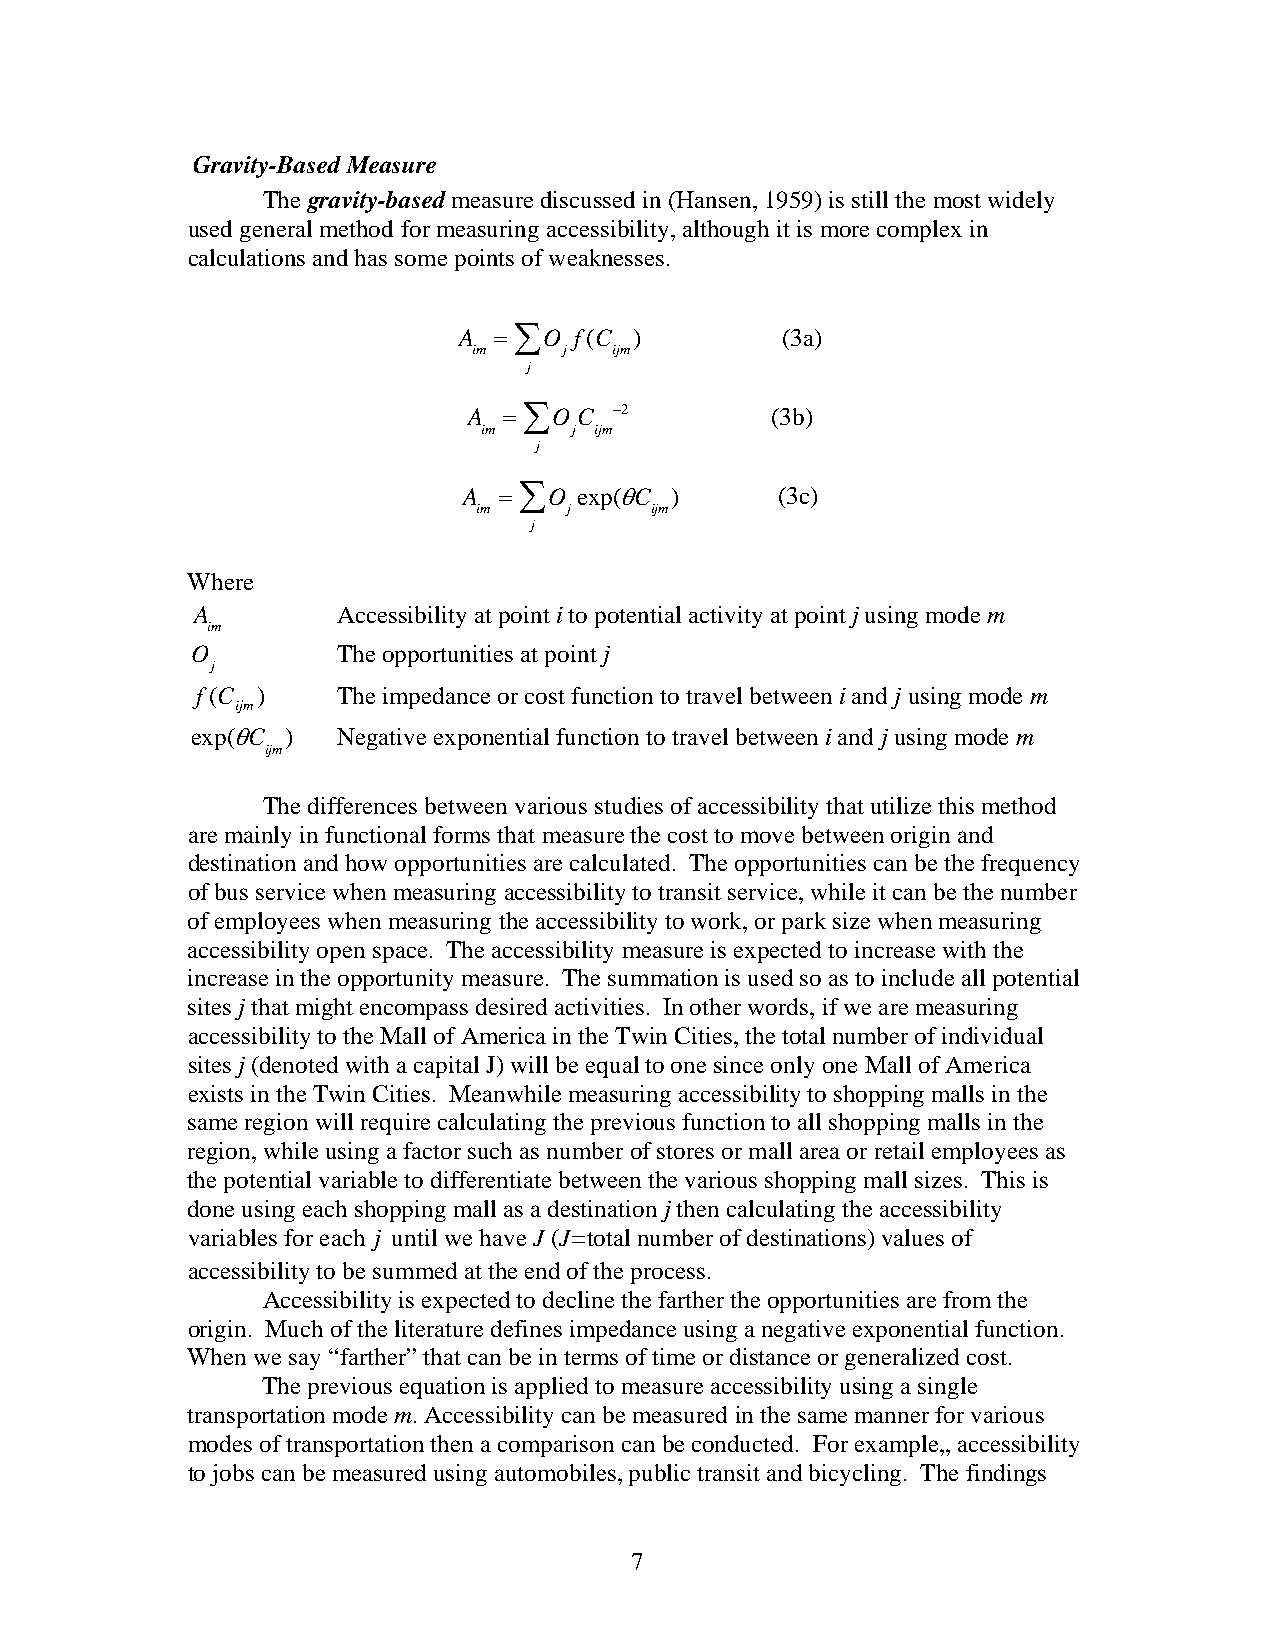
Gravity-Based Measure
 The gravity-based measure discussed in (Hansen, 1959) is still the most widely
 used general method for measuring accessibility, although it is more complex in
 calculations and has some points of weaknesses.
 A  = ∑O f(C )         (3a)
 im    j   ijm
 j
 A = ∑O C  −2        (3b)
 im    j ijm
 j
 A = ∑O exp(θC )     (3c)
 im    j    ijm
 j
 Where
 A        Accessibility at point i to potential activity at point j using mode m
 im
 O        The opportunities at point j
 j
 f(C )    The impedance or cost function to travel between i and j using mode m
 ijm
 exp(θC ) Negative exponential function to travel between i and j using mode m
 ijm
 The differences between various studies of accessibility that utilize this method
 are mainly in functional forms that measure the cost to move between origin and
 destination and how opportunities are calculated. The opportunities can be the frequency
 of bus service when measuring accessibility to transit service, while it can be the number
 of employees when measuring the accessibility to work, or park size when measuring
 accessibility open space. The accessibility measure is expected to increase with the
 increase in the opportunity measure. The summation is used so as to include all potential
 sites j that might encompass desired activities. In other words, if we are measuring
 accessibility to the Mall of America in the Twin Cities, the total number of individual
 sites j (denoted with a capital J) will be equal to one since only one Mall of America
 exists in the Twin Cities. Meanwhile measuring accessibility to shopping malls in the
 same region will require calculating the previous function to all shopping malls in the
 region, while using a factor such as number of stores or mall area or retail employees as
 the potential variable to differentiate between the various shopping mall sizes. This is
 done using each shopping mall as a destination j then calculating the accessibility
 variables for each j until we have J (J=total number of destinations) values of
 accessibility to be summed at the end of the process.
 Accessibility is expected to decline the farther the opportunities are from the
 origin. Much of the literature defines impedance using a negative exponential function.
 When we say “farther” that can be in terms of time or distance or generalized cost.
 The previous equation is applied to measure accessibility using a single
 transportation mode m. Accessibility can be measured in the same manner for various
 modes of transportation then a comparison can be conducted. For example,, accessibility
 to jobs can be measured using automobiles, public transit and bicycling. The findings
 7